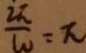
\frac { 2 \pi } { w } = \pi